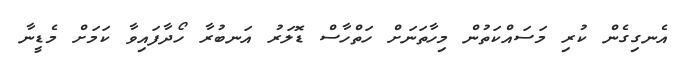
އެނގިގެން ކުރި މަސައްކަތުން މިހާތަނަށް ހަތްހާސް ޑޮލަރު އަނބުރާ ހޯދާފައިވާ ކަމަށް މެޑީނާ